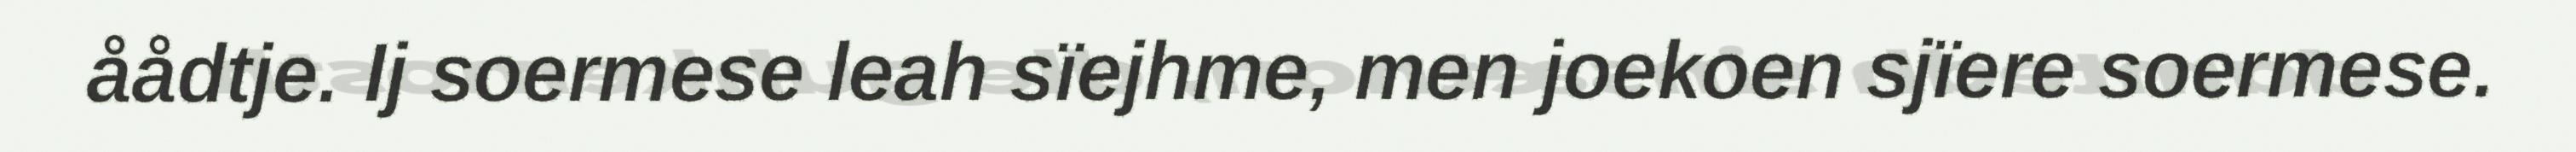
åådtje. Ij soermese leah sïejhme, men joekoen sjïere soermese.